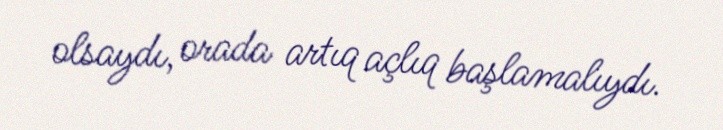
olsaydı, orada artıq açlıq başlamalıydı.